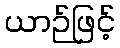
ယာဉ်ဖြင့်